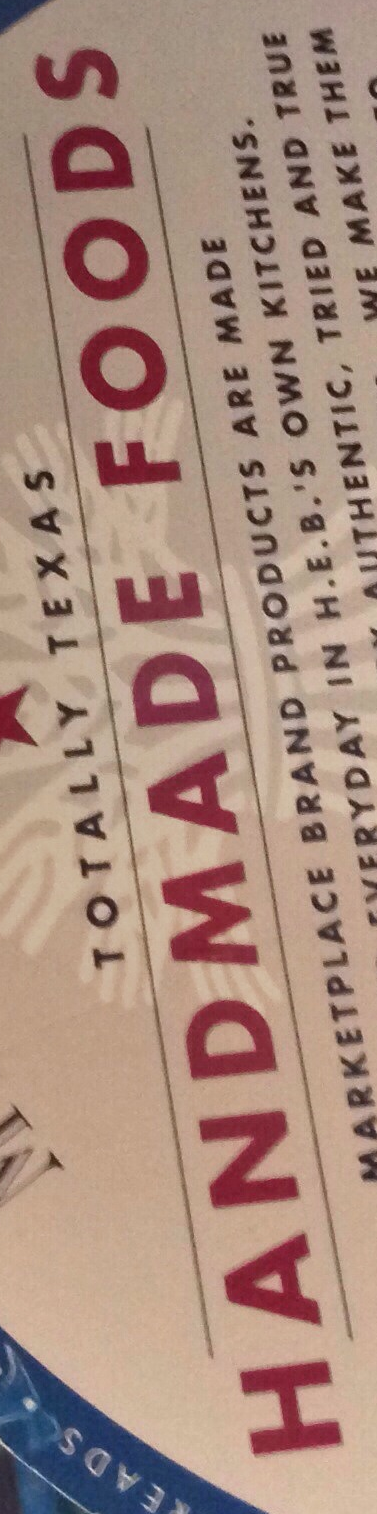
HANDMADE FOODS